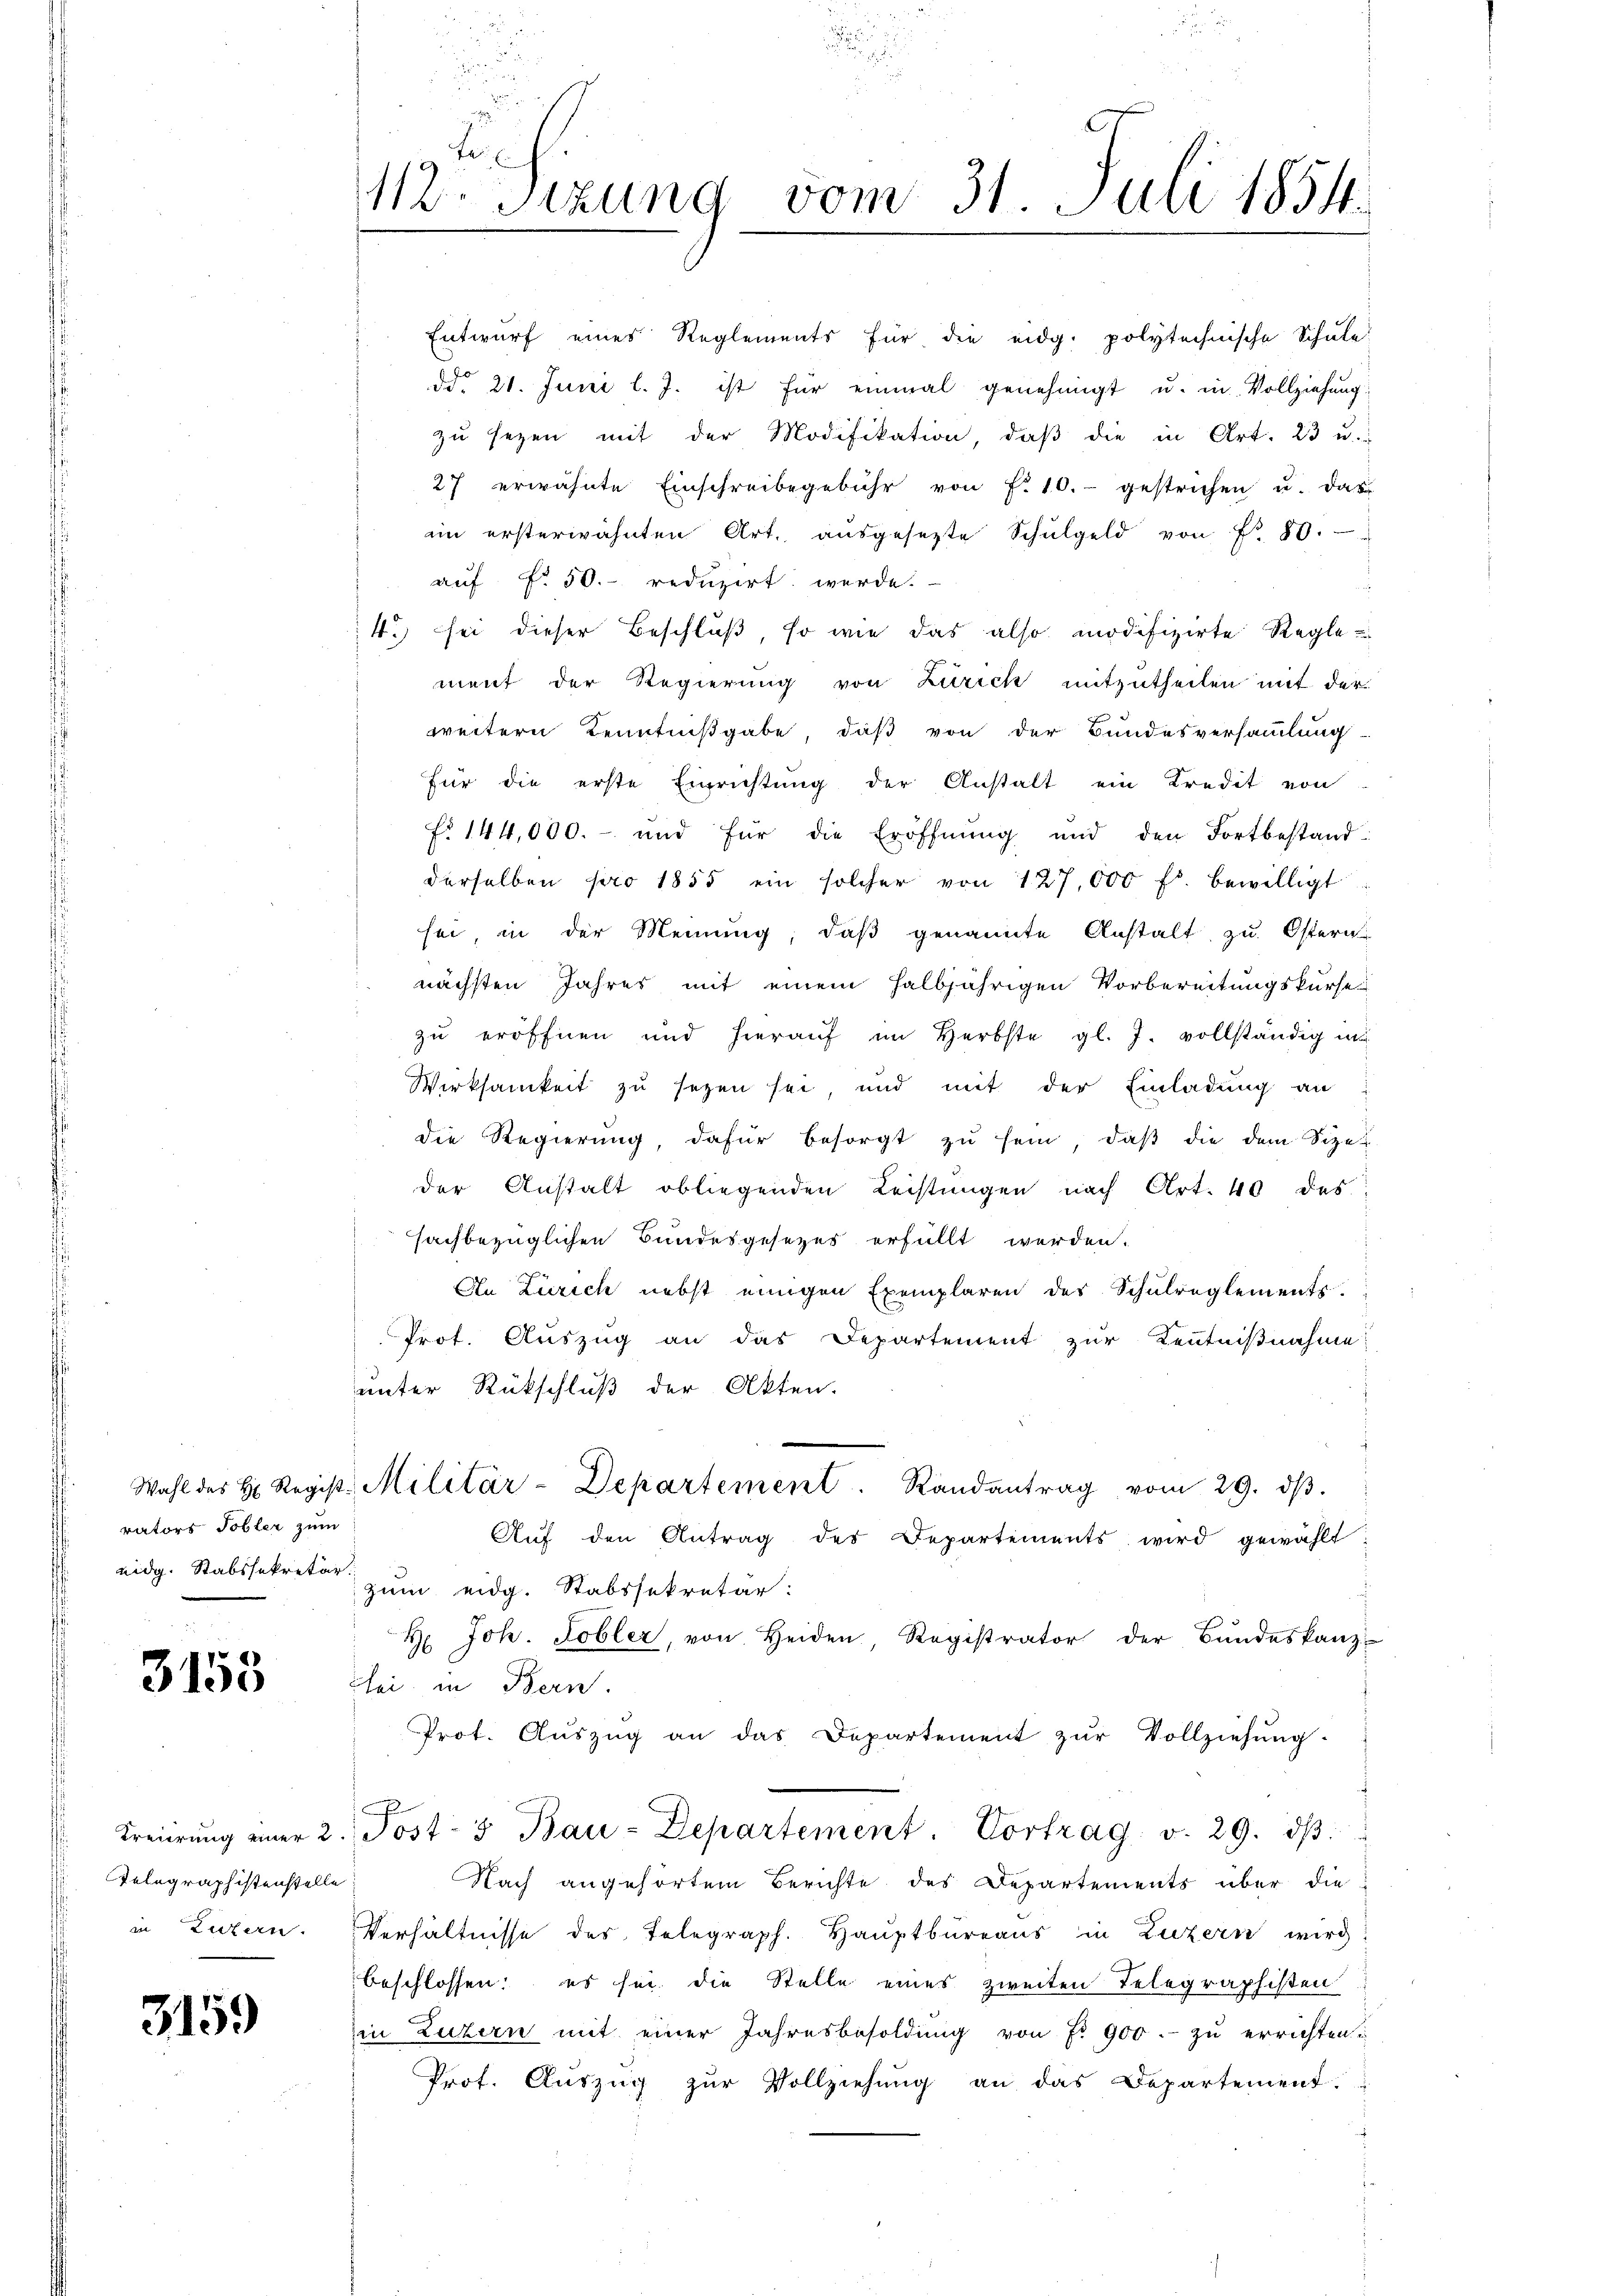
rators Tobler zum
eidg. Stabssekretär.

3155

Breiirung einer
Telegraphistenstelle
in Litern.

3159

112 Sizung vom 31. Juli 1854.

Entwurf eines Reglements für die eidg. polytechnische Schule
ddo 21. Juni l. J. ist für einmal genehmigt u. in Vollziehung
zŭ seyen mit der Modifikation, daβ die in Art. 23 u.
27 erwähnte Einschreibegebühr von f. 10.- gestrichen u. das
ain ersterwähnten Art. aŭsgesetzte Schŭlgeld von Nr. 80.
auf fr. 50. reduzirt werde.
4. sei dieser Beschluß, so wie das also modifizirte Reglement der Regierung von Zürich mitzutheilen mit der
weitern Kenntnißgabe, daß von der Bundesversammlung
für die erste Einrichtung der Anstalt ein Kredit von
No 144,000.- und für die Eröffnung und den Fortbestandderselben pro 1855 ein solcher von 127,000 fr. bewilligt
sei, in der Meinung, daβ genannte Anstalt zu Ostern
nächsten Jahres mit einem halbjährigen Vorbereitungskurse
zu eröffnen und hierauf im Herbste gl. J. vollständig in
Wirksamkeit zu sezen sei, und mit der Einladung an
die Regierung, dafür besorgt zŭ sein, daβ die dem Sizes
der Anstalt obliegenden Leistŭngen nach Art. 40 des
sachbezüglichen Bundesgesezes erfüllt werden.
An Zürich nebst einigen Exemplaren des Schulreglements
Prot. Auszug an das Departement zur Kenntnißnahme
unter Rückschluß der Akten.
Wahl des H. Regist. Militär-Departement. Randantrag vom 29. dβ.
Aŭf den Antrag des Departements wird gewählt:
zum eidg. Stabssekretär:
H. Joh. Tobler, von Heiden, Registrator der Bundeskanz-
Lei in Bern.
Prot. Aŭszŭg an das Departement zŭr Vollziehŭng.
Post- & Bau-Departement. Vortrag v. 29. dβ.
Nach angehörtem Berichte des Departements über die
Verhältnisse des Telegraph. Hauptbureaus in Luzern wird!
beschlossen: es sei die Stelle eines zweiten Telegraphisten
in Luzern mit einer Jahresbesoldŭng von Fr. 900.- zŭ errichten:
Prot. Aŭszŭg zŭr Vollziehŭng an das Departement.